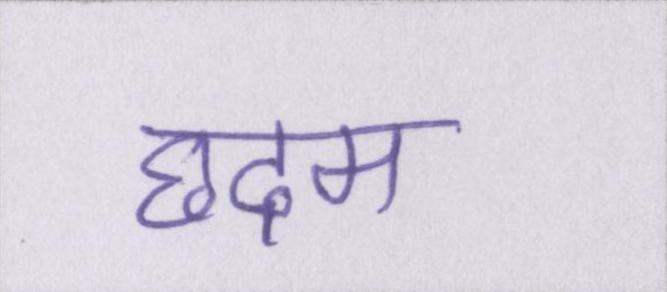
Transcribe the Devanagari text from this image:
छदम